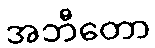
အဘီတော